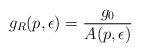
LaTeX: \begin{align*}g_R(p, \epsilon ) = \frac{g_0}{A(p, \epsilon )}\end{align*}